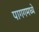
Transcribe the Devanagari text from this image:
पागगमध्ये